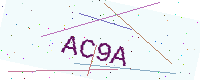
Text: AC9A